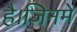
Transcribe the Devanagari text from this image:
है।जिनमे